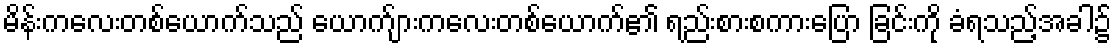
မိန်းကလေးတစ်ယောက်သည် ယောက်ျားကလေးတစ်ယောက်၏ ရည်းစားစကားပြော ခြင်းကို ခံရသည့်အခါ၌